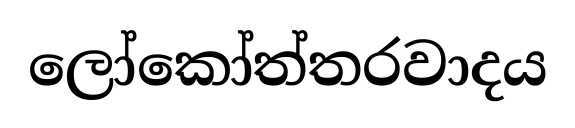
ලෝකෝත්තරවාදය